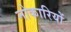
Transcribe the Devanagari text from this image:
नोकारियों